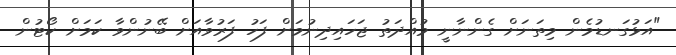
"އަޅުގަނޑުމެން މިތަނަށް ގެންނާނީ މުއްދަތު ޖަހައިދިނުމަށް ފަހު ފަރުވާއަށް ބޭނުންވާ ކަމަށް ކޯޓުން